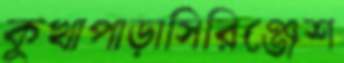
কুখাপাড়াসিরিঞ্জেশ